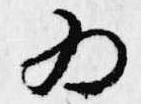
為